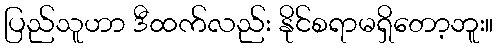
ပြည်သူဟာ ဒီထက်လည်း နိုင်စရာမရှိတော့ဘူး။